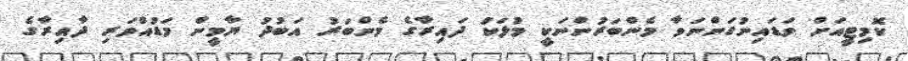
ކޮމިޓީއަށް ވަޑައިނުގަންނަވާ މެންބަރުންނަކީ މުލަކު ދައިރާގެ މެންބަރު އަބުދު ޔާމީން މަޑުއްވަރި ދާއިރާގެ